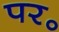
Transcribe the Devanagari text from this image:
पर॰